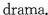
drama.